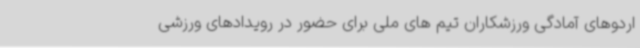
اردوهای آمادگی ورزشکاران تیم های ملی برای حضور در رویدادهای ورزشی